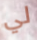
لي